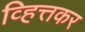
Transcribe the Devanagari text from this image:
व्हित्तकर